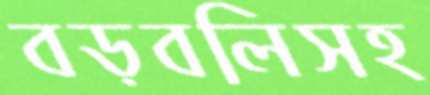
বড়বলিসহ